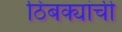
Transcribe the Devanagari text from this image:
ठिबक्यांची